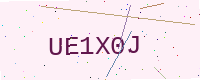
Text: UE1X0J